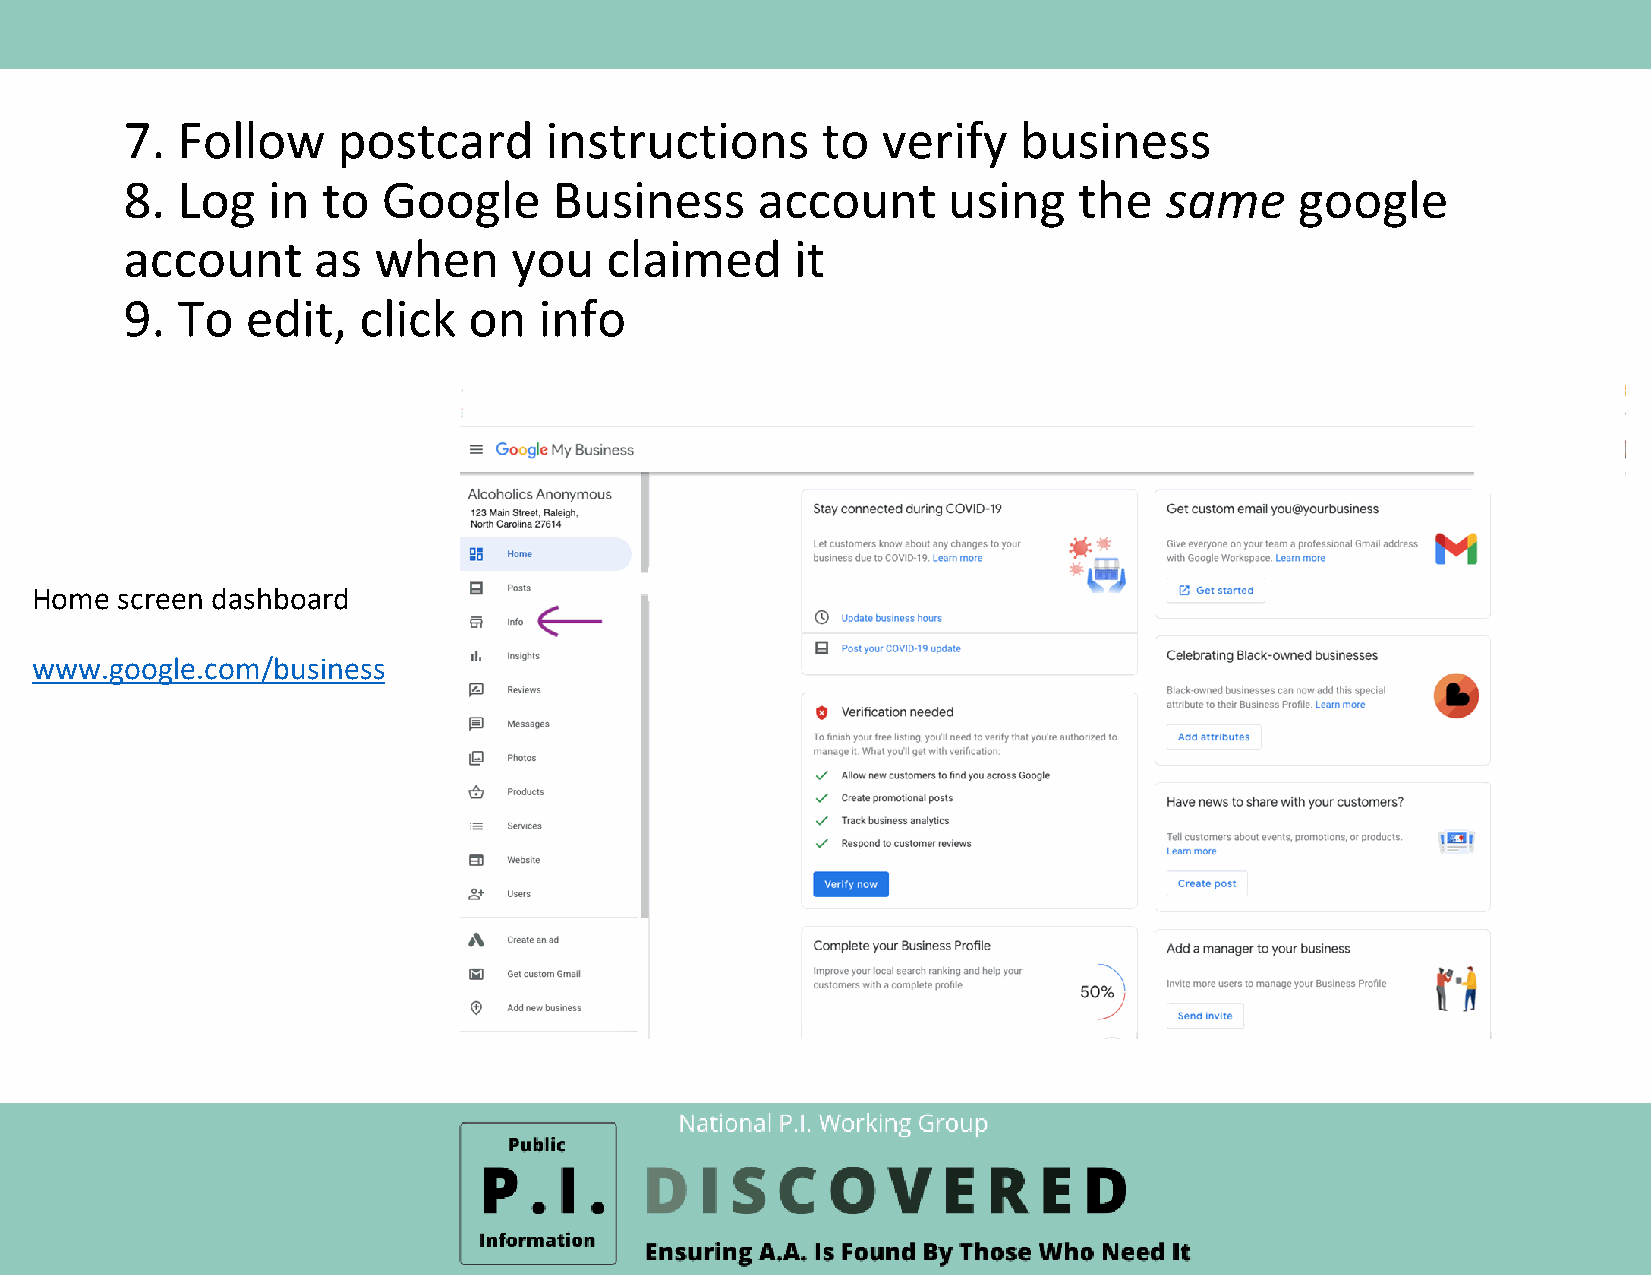
7.  Follow    postcard      instructions      to  verify   business
 8.  Log   in to  Google      Business     account      using   the   same     google
 account      as  when     you   claimed      it
 9.  To  edit,   click  on   info
 Home  screen dashboard
 www.google.com/business